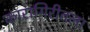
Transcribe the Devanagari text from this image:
कारागिरीतला